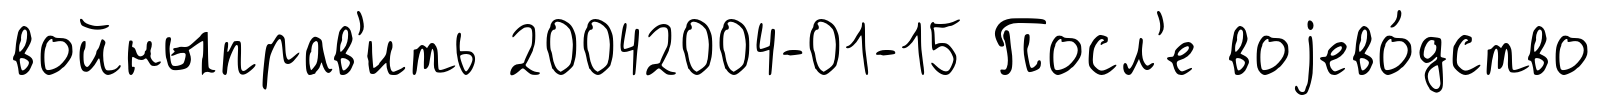
войныправ'ить 20042004-01-15 Посл'е воjево́дство